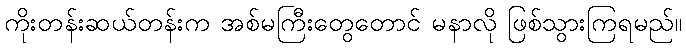
ကိုးတန်းဆယ်တန်းက အစ်မကြီးတွေတောင် မနာလို ဖြစ်သွားကြရမည်။